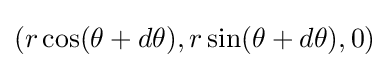
(r\cos(\theta +d\theta ),r\sin(\theta +d\theta ),0)